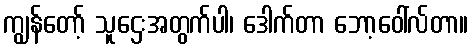
ကျွန်တော့် သူဌေးအတွက်ပါ၊ ဒေါက်တာ ဘော့ဝေါ်လ်တာ။